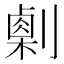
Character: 𠟫